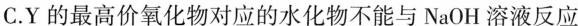
C.Y的最高价氧化物对应的水化物不能与NaOH溶液反应